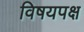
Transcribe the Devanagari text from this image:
विषयपक्ष